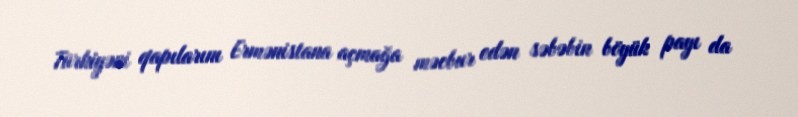
Türkiyəni qapılarını Ermənistana açmağa məcbur edən səbəbin böyük payı da